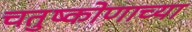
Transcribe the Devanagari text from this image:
चतुष्कोणाच्या